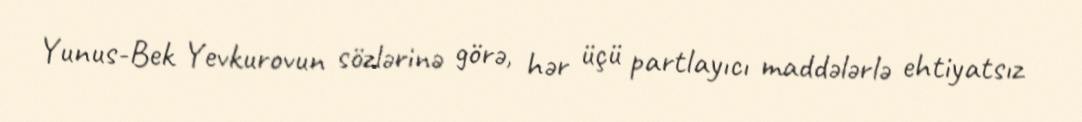
Yunus-Bek Yevkurovun sözlərinə görə, hər üçü partlayıcı maddələrlə ehtiyatsız